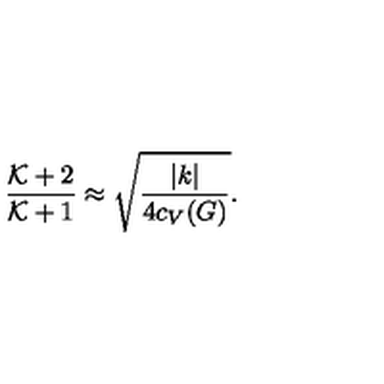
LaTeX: { \frac { { \cal K } + 2 } { { \cal K } + 1 } } \approx \sqrt { \frac { | k | } { 4 c _ { V } ( G ) } } .